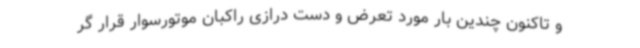
و تاکنون چندین بار مورد تعرض و دست درازی راکبان موتورسوار قرار گر